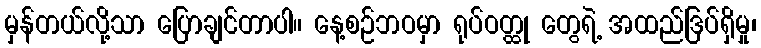
မှန်တယ်လို့သာ ပြောချင်တာပါ။ နေ့စဉ်ဘဝမှာ ရုပ်ဝတ္ထု တွေရဲ့ အထည်ဒြပ်ရှိမှု၊